Regulations for the medical services of the Army of India
Year: 1930
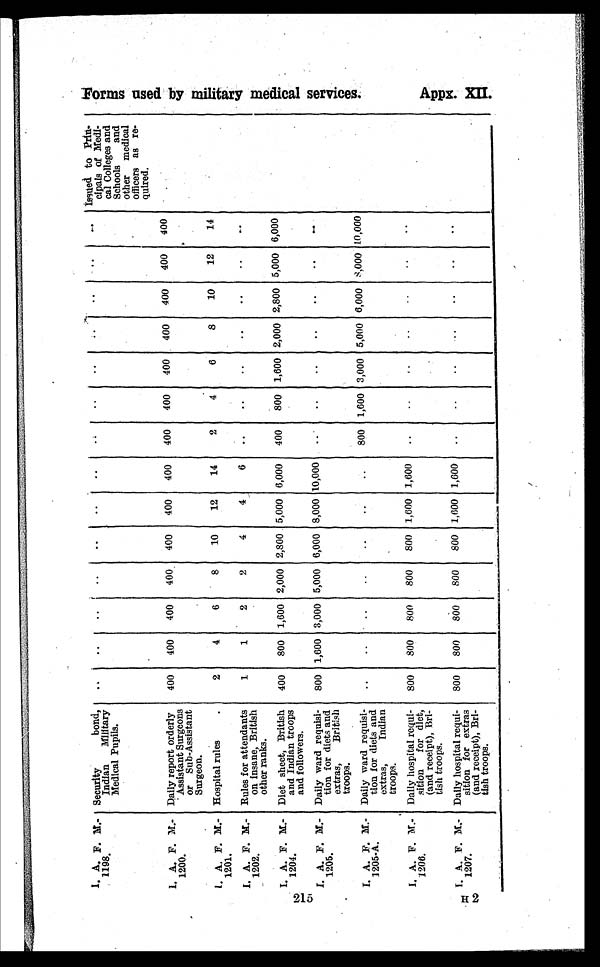
215
H2
I . A . F . M . - 1 1 9 8 .
S e c u r i t y b o n d , I n d i a n M i l i t a r y M e d i c a l P u p i l s ...
..
..
. .
. .
. .
. .
..
..
. .
..
. .
..
..
I s s u e d t o P r i n c i p a l o f M e d i c a l C o l l e g e s a n d o t h e r m e d i c a l o f f i c e r s a s r e q u i r e d .
I . A . F . M . - 1 2 0 0 .
D a i l y r e p o r t o r d e r l y A s s i s t a n t S u r g e o n s o r S u b - A s s i t a n t
Surgeon.
400
4 0 0
400
4 0 0
4 0 0
4 0 0
4 0 0
400
400
4 0 0
400
4 0 0
4 0 0 400
I . A . F . M . - 1 2 0 1 .
Hospital rules . 2
4 6
8
1 0
1 2
1 4
2
4
6 8
1 0
1 2 14
I . A . F . M . - 1 2 0 2 .
Rules for attendants
on insane, British
other ranks.
1
1 2
2
4
4
6 ..
..
. .
..
..
.. ..
I . A . F . M . - 1 2 0 4 .
Diet sheet, British
and Indian troops
and followers.
400
8 0 0
1,600
2 , 0
2 , 8 0 0
5 , 0 0 0
6 , 0 0 0
400
800
1 , 6 0 0
2,000
2 , 8 0 0
5 , 0 0 0 6,000
I . A . F . M . - 1 2 0 5 .
Daily ward requisi
tion for diets and
extras, British
troops.
800
1 , 6 0 0
3,000
5 , 0 0 0
6 , 0 0 0
8 , 0 0 0
1 0 , 0 0 0
..
..
. .
..
. .
. . ..
I . A . F . M . - 2 0 5 - A .
Daily ward requisi
tion for diets and
extras,
Indian
troops.
..
. .
..
. .
. .
. .
. .
800
1,600
3 , 0 0 0
5,000
6 , 0 0 0
8 , 0 0 0 10,000
I . A . F . M . - 1 2 0 6 .
Daily hospital requi
sition for diet,
(and receipt), Bri-
tish troops.
800
8 0 0
800
8 0 0
8 0 0
1 , 6 0 0
1 , 6 0
..
..
. .
..
. .
. . ..
I . A . F . M . - 1 2 0
7 .
Daily hospital requi
sition for extras
(and receipt), Bri
tish troops.
800
8 0 0
800
8 0 0
8 0 0
1 , 6 0 0
1 , 6 0 0
..
.
F o r m s u s e d b y m i l i t a r y m e d i c a l s e r v i c e s . A p p x . X I I .